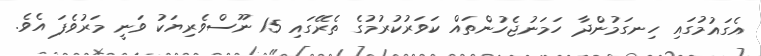
އެގައުމުގައި ހިނގަމުންދާ ހަމަނުޖެހުންތައް ކަވަރުކުރުމުގެ ތެރޭގައި 15 ނޫސްވެރިޔަކު ވަނީ މަރުވެފަ އެވެ.